Annual administration report of the Civil Veterinary Department of India - 1897-1898
Year: 1897
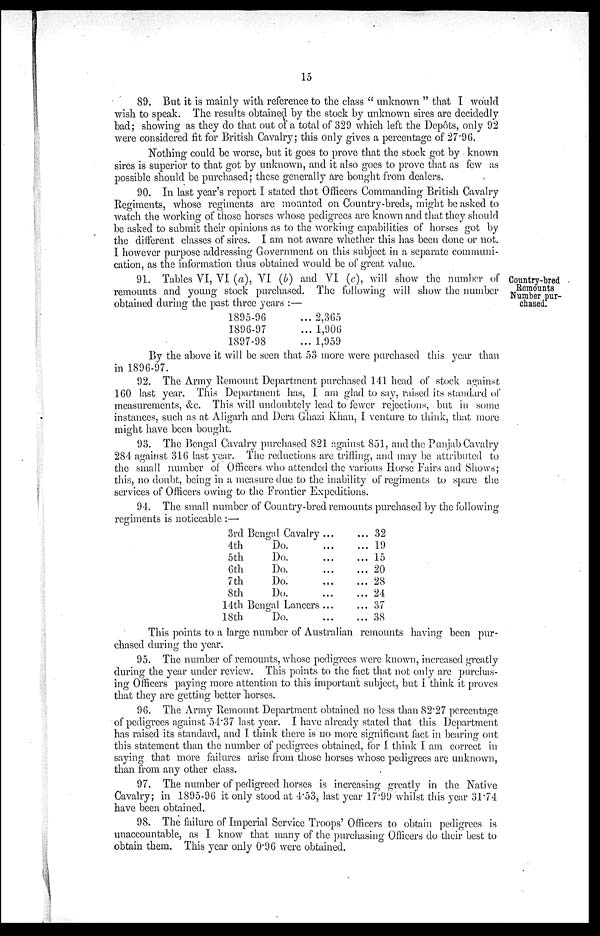
15
89. But it is mainly with reference to the class " unknown " that I would
wish to speak. The results obtained by the stock by unknown sires are decidedly
bad; showing as they do that out of a total of 329 which left the Depôts, only 92
were considered fit for British Cavalry; this only gives a percentage of 27.96.
Nothing could be worse, but it goes to prove that the stock got by known
sires is superior to that got by unknown, and it also goes to prove that as few as
possible should be purchased; these generally are bought from dealers.
90. In last year's report I stated that Officers Commanding British Cavalry
Regiments, whose regiments are mounted on Country-breds, might be asked to
watch the working of those horses whose pedigrees are known and that they should
be asked to submit their opinions as to the working capabilities of horses got by
the different classes of sires. I am not aware whether this has been done or not.
I however purpose addressing Government on this subject in a separate communi-
cation, as the information thus obtained would be of great value.
Country-bred
Remounts
Number pur-
chased.
91. Tables VI, VI (a), VI (b) and VI (c), will show the number of
remounts and young stock purchased. The following will show the number
obtained during the past three years :—
1895-96
1896-97
1897-98
... 2,365
... 1,906
... 1,959
By the above it will be seen that 53 more were purchased this year than
in 1896-97.
92. The Army Remount Department purchased 141 head of stock against
160 last year. This Department has, I am glad to say, raised its standard of
measurements, &c. This will undoubtely lead to fewer rejections, but in some
instances, such as at Aligarh and Dera Ghazi Khan, I venture to think, that more
might have been bought.
93. The Bengal Cavalry purchased 821 against 851, and the Punjab Cavalry
284 against 316 last year. The reductions are trifling, and may be attributed to
the small number of Officers who attended the various Horse Fairs and Shows;
this, no doubt, being in a measure due to the inability of regiments to spare the
services of Officers owing to the Frontier Expeditions.
94. The small number of Country-bred remounts purchased by the following
regiments is noticeable :—
3rd Bengal Cavalry
4th
Do.
5th
Do.
6th
Do.
7th
Do.
8th
Do.
14th Bengal Lancers
18th
Do.
...
...
...
...
...
...
...
...
... 32
... 19
... 15
... 20
... 28
... 24
... 37
... 38
This points to a large number of Australian remounts having been pur-
chased during the year.
95. The number of remounts, whose pedigrees were known, increased greatly
during the year under review. This points to the fact that not only are purchas-
ing Officers paying more attention to this important subject, but I think it proves
that they are getting better horses.
96. The Army Remount Department obtained no less than 82.27 percentage
of pedigrees against 54.37 last year. I have already stated that this Department
has raised its standard, and I think there is no more significant fact in bearing out
this statement than the number of pedigrees obtained, for I think I am correct in
saying that more failures arise from those horses whose pedigrees are unknown,
than from any other class.
97. The number of pedigreed horses is increasing greatly in the Native
Cavalry; in 1895-96 it only stood at 4.53, last year 17.99 whilst this year 31.74
have been obtained.
98. The failure of Imperial Service Troops' Officers to obtain pedigrees is
unaccountable, as I know that many of the purchasing Officers do their best to
obtain them. This year only 0.96 were obtained.